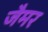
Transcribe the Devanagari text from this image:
जैमर